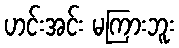
ဟင်းအင်း မကြားဘူး